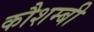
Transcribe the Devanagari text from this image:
कौशम्बी